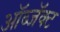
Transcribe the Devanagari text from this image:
ऑब्जॅक्ट